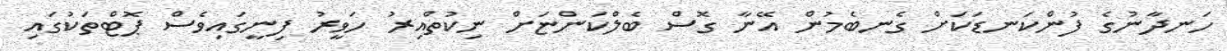
ހަނދާނުގެ ފުންކަނޑަކަށް ގެނބެމުން އޭނާ ގޮސް ބެލްކަންޏަށް ނިކުތްއިރު ހަވީރު ފިނީގައިވެސް ޕޮޓްތަކުގައި